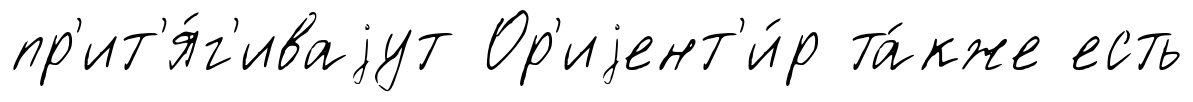
пр'ит'я́г'иваjут Ор'иjент'и́р та́кже есть